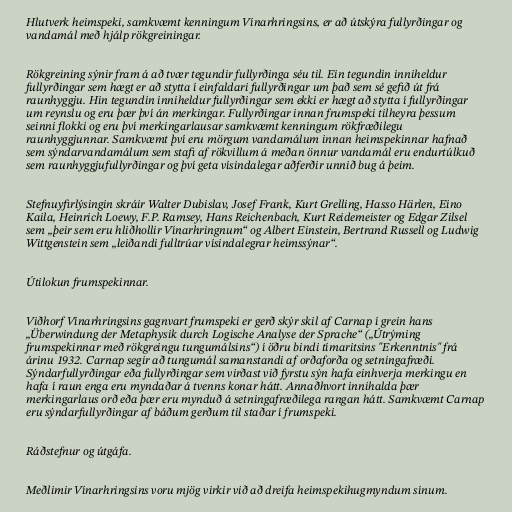
Hlutverk heimspeki, samkvæmt kenningum Vínarhringsins, er að útskýra fullyrðingar og
vandamál með hjálp rökgreiningar.

Rökgreining sýnir fram á að tvær tegundir fullyrðinga séu til. Ein tegundin inniheldur
fullyrðingar sem hægt er að stytta í einfaldari fullyrðingar um það sem sé gefið út frá
raunhyggju. Hin tegundin inniheldur fullyrðingar sem ekki er hægt að stytta í fullyrðingar
um reynslu og eru þær því án merkingar. Fullyrðingar innan frumspeki tilheyra þessum
seinni flokki og eru því merkingarlausar samkvæmt kenningum rökfræðilegu
raunhyggjunnar. Samkvæmt því eru mörgum vandamálum innan heimspekinnar hafnað
sem sýndarvandamálum sem stafi af rökvillum á meðan önnur vandamál eru endurtúlkuð
sem raunhyggjufullyrðingar og því geta vísindalegar aðferðir unnið bug á þeim.

Stefnuyfirlýsingin skráir Walter Dubislav, Josef Frank, Kurt Grelling, Hasso Härlen, Eino
Kaila, Heinrich Loewy, F.P. Ramsey, Hans Reichenbach, Kurt Reidemeister og Edgar Zilsel
sem „þeir sem eru hliðhollir Vínarhringnum“ og Albert Einstein, Bertrand Russell og Ludwig
Wittgenstein sem „leiðandi fulltrúar vísindalegrar heimssýnar“.

Útilokun frumspekinnar.

Viðhorf Vínarhringsins gagnvart frumspeki er gerð skýr skil af Carnap í grein hans
„Überwindung der Metaphysik durch Logische Analyse der Sprache“ („Útrýming
frumspekinnar með rökgreingu tungumálsins“) í öðru bindi tímaritsins "Erkenntnis" frá
árinu 1932. Carnap segir að tungumál samanstandi af orðaforða og setningafræði.
Sýndarfullyrðingar eða fullyrðingar sem virðast við fyrstu sýn hafa einhverja merkingu en
hafa í raun enga eru myndaðar á tvenns konar hátt. Annaðhvort innihalda þær
merkingarlaus orð eða þær eru mynduð á setningafræðilega rangan hátt. Samkvæmt Carnap
eru sýndarfullyrðingar af báðum gerðum til staðar í frumspeki.

Ráðstefnur og útgáfa.

Meðlimir Vínarhringsins voru mjög virkir við að dreifa heimspekihugmyndum sínum.